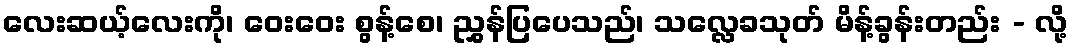
လေးဆယ့်လေးကို၊ ဝေးဝေး စွန့်စေ၊ ညွှန်ပြပေသည်၊ သလ္လေခသုတ် မိန့်ခွန်းတည်း - လို့